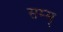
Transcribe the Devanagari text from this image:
सम्म्